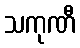
သကုဏီ